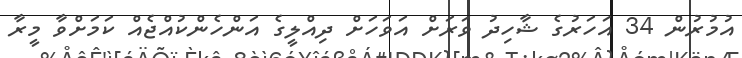
އުމުރުން 34 އަހަރުގެ ޝާހިދު ވަރަށް އަވަހަށް ދިއްލީގެ އަންހެންކުއްޖެއް ކަމަށްވާ މީރާ